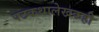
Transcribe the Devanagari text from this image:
पटकथालेखकही